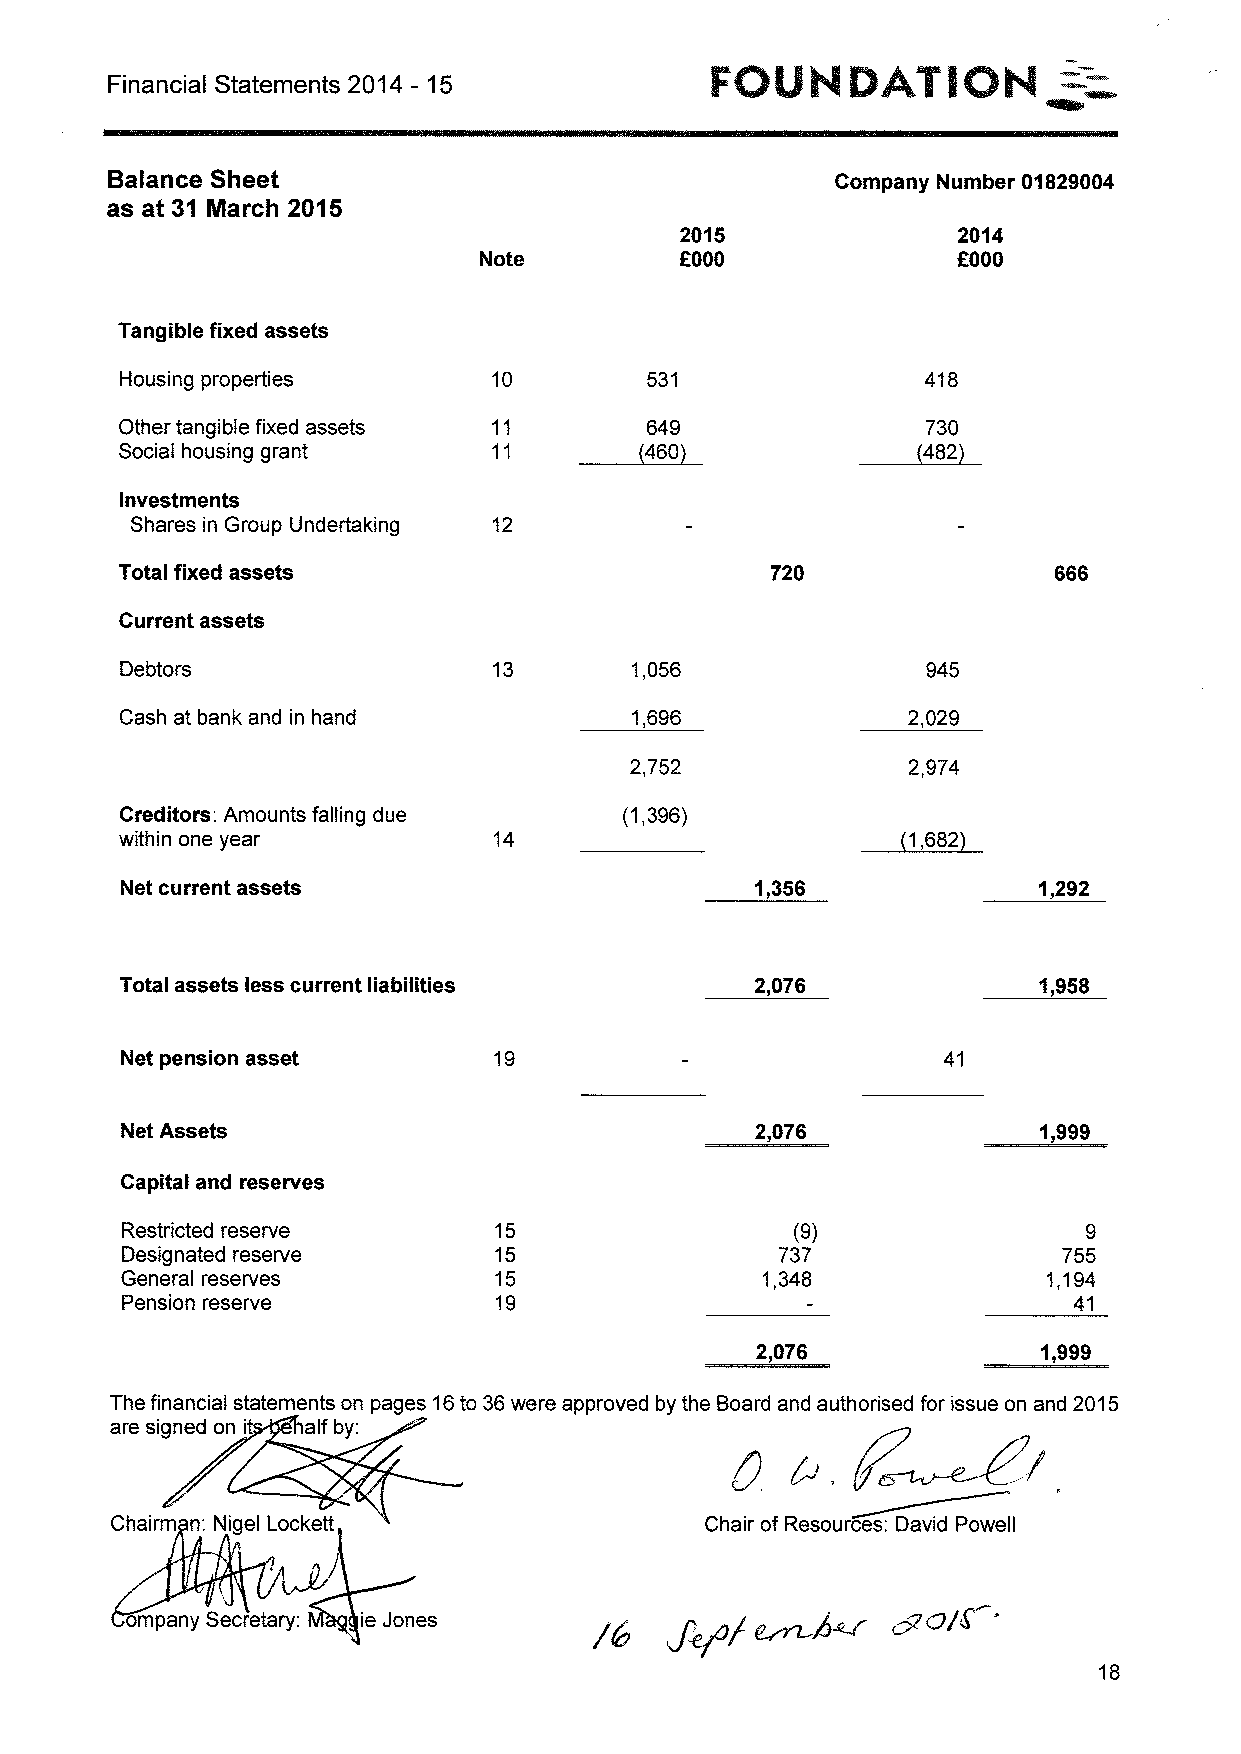
FGUNBATIGN             =:—
 Financial Statements 2014 - 15
 Balance Sheet                                   Company Number 01829004
 as at 31 INarch 2015
 2015              2014
 f
 Note          000              f000
 Tangible fixed assets
 Housing properties       10        531               418
 Other tangible fixed assets   ~466049            ~487230
 Social housing grant
 Investments
 Shares in Group Undertaking 12
 Total fixed assets                         720                666
 Current assets
 Debtors                           1,056              945
 Cash at bank and in hand          1,696             2,029
 2,752             2,974
 Creditors: Amounts falling due   (1,396)
 within one year          14                         1,682
 Net current assets                        1,356              1,292
 Total assets less current liabilities     2,076              1,958
 Net pension asset        19                           41
 Net Assets                                2,076              1,999
 Capital and reserves
 Restricted reserve       15                  (9)                9
 Designated reserve       15                 737               755
 General reserves         15               1,348              1,194
 Pension reserve          19                                    41
 2„076              1,999
 The financial statements on pages 16to 36were approved by the Board and authorised for issue on and 2015
 are signed on it alf by:
 Chairm n: Nigel Lockett                 Chair of Resources: David Powell
 mpany Secretary: ie Jones
 18